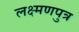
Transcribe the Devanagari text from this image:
लक्ष्मणपुत्र